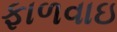
ફાળવાઇ